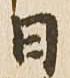
日